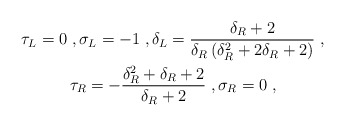
\begin{align*}\begin{gathered}\tau_L = 0 \;, \sigma_L = -1 \;, \delta_L = \frac{\delta_R + 2}{\delta_R \left( \delta_R^2 + 2 \delta_R + 2 \right)} \;, \\\tau_R = -\frac{\delta_R^2 + \delta_R + 2}{\delta_R + 2} \;, \sigma_R = 0 \;, \end{gathered}\end{align*}